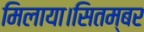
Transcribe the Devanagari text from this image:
मिलाया।सितम्बर